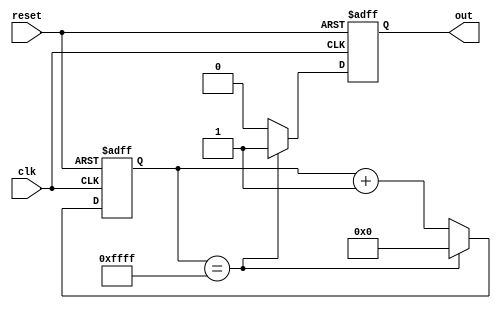
module RC_Delay(
    input wire clk,
    input wire reset,
    output reg out
);

reg [15:0] delay_counter;

always @ (posedge clk or negedge reset) begin
    if (!reset) begin
        delay_counter <= 16'd0;
        out <= 1'b0;
    end else begin
        if (delay_counter == 16'd65535) begin
            delay_counter <= 16'd0;
            out <= 1'b1;
        end else begin
            delay_counter <= delay_counter + 1;
            out <= 1'b0;
        end
    end
end

endmodule